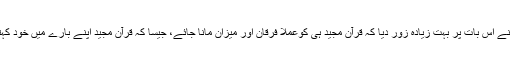
انھوں نے اس بات پر بہت زیادہ زور دیا کہ قرآن مجید ہی کوعملاً فرقان اور میزان مانا جائے، جیسا کہ قرآن مجید اپنے بارے میں خود کہتا ہے۔